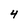
Character: 4